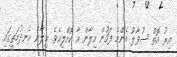
އިރު އޮތް ސުވާލު އެންމެ ފަހުން މިލާން އާ ކޮށްލިއެވެ. މިލާން އެނދުމަތީގައި